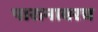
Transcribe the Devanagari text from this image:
पारानावरच